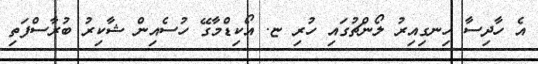
އެ ހާދިސާ ހިނގިއިރު ލޯންޗުގައި ހުރި ޏ. އޯކިޑްމާގޭ ހުސެއިން ޝާކިރު ބުރާސްފަތި